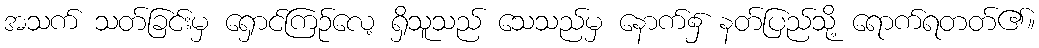
အသက် သတ်ခြင်းမှ ရှောင်ကြဉ်လေ့ ရှိသူသည် သေသည်မှ နောက်၌ နတ်ပြည်သို့ ရောက်ရတတ်၏။